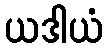
ယဒါယံ